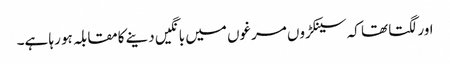
اور لگتا تھا کہ سینکڑوں مرغوں میں بانگیں دینے کامقابلہ ہو رہا ہے۔